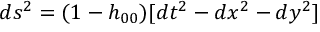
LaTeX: d s ^ { 2 } = ( 1 - h _ { 0 0 } ) [ d t ^ { 2 } - d x ^ { 2 } - d y ^ { 2 } ]